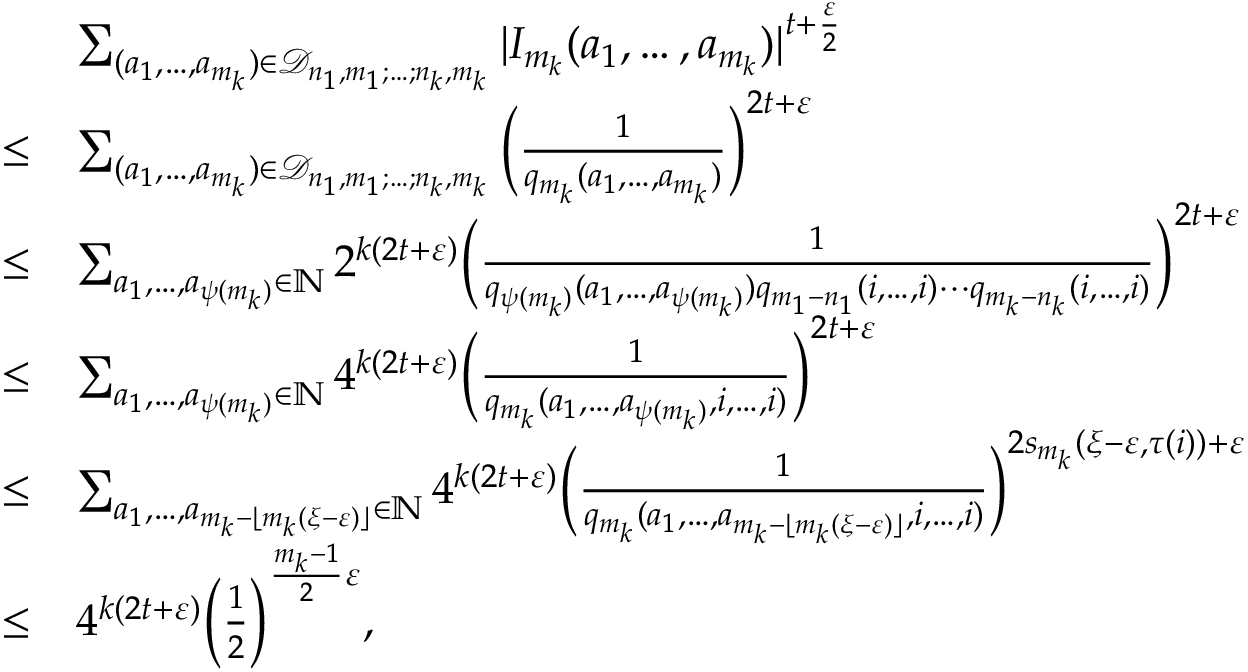
\begin{array} { r l } & { \sum _ { ( a _ { 1 } , \ldots , a _ { m _ { k } } ) \in { \mathcal { D } _ { n _ { 1 } , m _ { 1 } ; \ldots ; n _ { k } , m _ { k } } } } | I _ { m _ { k } } ( a _ { 1 } , \ldots , a _ { m _ { k } } ) | ^ { t + \frac { \varepsilon } { 2 } } } \\ { \le } & { \sum _ { ( a _ { 1 } , \ldots , a _ { m _ { k } } ) \in { \mathcal { D } _ { n _ { 1 } , m _ { 1 } ; \ldots ; n _ { k } , m _ { k } } } } \Big ( \frac { 1 } { q _ { m _ { k } } ( a _ { 1 } , \ldots , a _ { m _ { k } } ) } \Big ) ^ { 2 t + \varepsilon } } \\ { \leq } & { \sum _ { a _ { 1 } , \ldots , a _ { \psi ( m _ { k } ) } \in \mathbb { N } } 2 ^ { k ( 2 t + \varepsilon ) } \Big ( \frac { 1 } { q _ { \psi ( m _ { k } ) } ( a _ { 1 } , \ldots , a _ { \psi ( m _ { k } ) } ) q _ { m _ { 1 } - n _ { 1 } } ( i , \ldots , i ) \cdots q _ { m _ { k } - n _ { k } } ( i , \ldots , i ) } \Big ) ^ { 2 t + \varepsilon } } \\ { \leq } & { \sum _ { a _ { 1 } , \ldots , a _ { \psi ( m _ { k } ) } \in \mathbb { N } } 4 ^ { k ( 2 t + \varepsilon ) } \Big ( \frac { 1 } { q _ { m _ { k } } ( a _ { 1 } , \ldots , a _ { \psi ( m _ { k } ) } , i , \ldots , i ) } \Big ) ^ { 2 t + \varepsilon } } \\ { \leq } & { \sum _ { a _ { 1 } , \ldots , a _ { m _ { k } - \lfloor m _ { k } ( \xi - \varepsilon ) \rfloor } \in \mathbb { N } } 4 ^ { k ( 2 t + \varepsilon ) } \Big ( \frac { 1 } { q _ { m _ { k } } ( a _ { 1 } , \ldots , a _ { m _ { k } - \lfloor m _ { k } ( \xi - \varepsilon ) \rfloor } , i , \ldots , i ) } \Big ) ^ { 2 s _ { m _ { k } } ( \xi - \varepsilon , { \tau ( i ) } ) + \varepsilon } } \\ { \leq } & { 4 ^ { k ( 2 t + \varepsilon ) } \Big ( \frac { 1 } { 2 } \Big ) ^ { \frac { m _ { k } - 1 } { 2 } \varepsilon } , } \end{array}